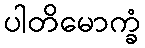
ပါတိမောက္ခံ